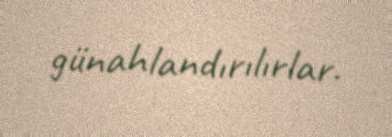
günahlandırılırlar.